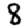
Digit: 8